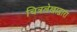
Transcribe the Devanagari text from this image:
चित्रलेखाद्वारा